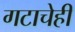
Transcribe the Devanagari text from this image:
गटाचेही